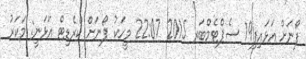
ފޯނަށް އަޅައިފި19 ސެޕްޓެމްބަރ 2015 22:07 މީހަކު ފޯނަަށް ކްރެޑިޓް އަޅަނީ: މަކަރު